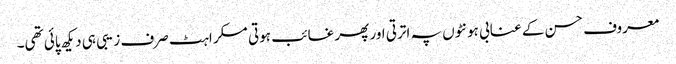
معروف حسن کے عنابی ہونٹوں پہ اترتی اور پھر غائب ہوتی مسکراہٹ صرف زیبی ہی دیکھ پائی تھی۔